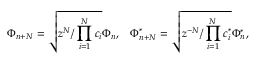
\Phi _ { n + N } = \sqrt { z ^ { N } / \prod _ { i = 1 } ^ { N } c _ { i } } \Phi _ { n } , \; \; \; \Phi _ { n + N } ^ { * } = \sqrt { z ^ { - N } / \prod _ { i = 1 } ^ { N } c _ { i } ^ { * } } \Phi _ { n } ^ { * } ,